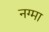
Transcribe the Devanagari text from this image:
नग्मा